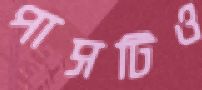
পাসটিও